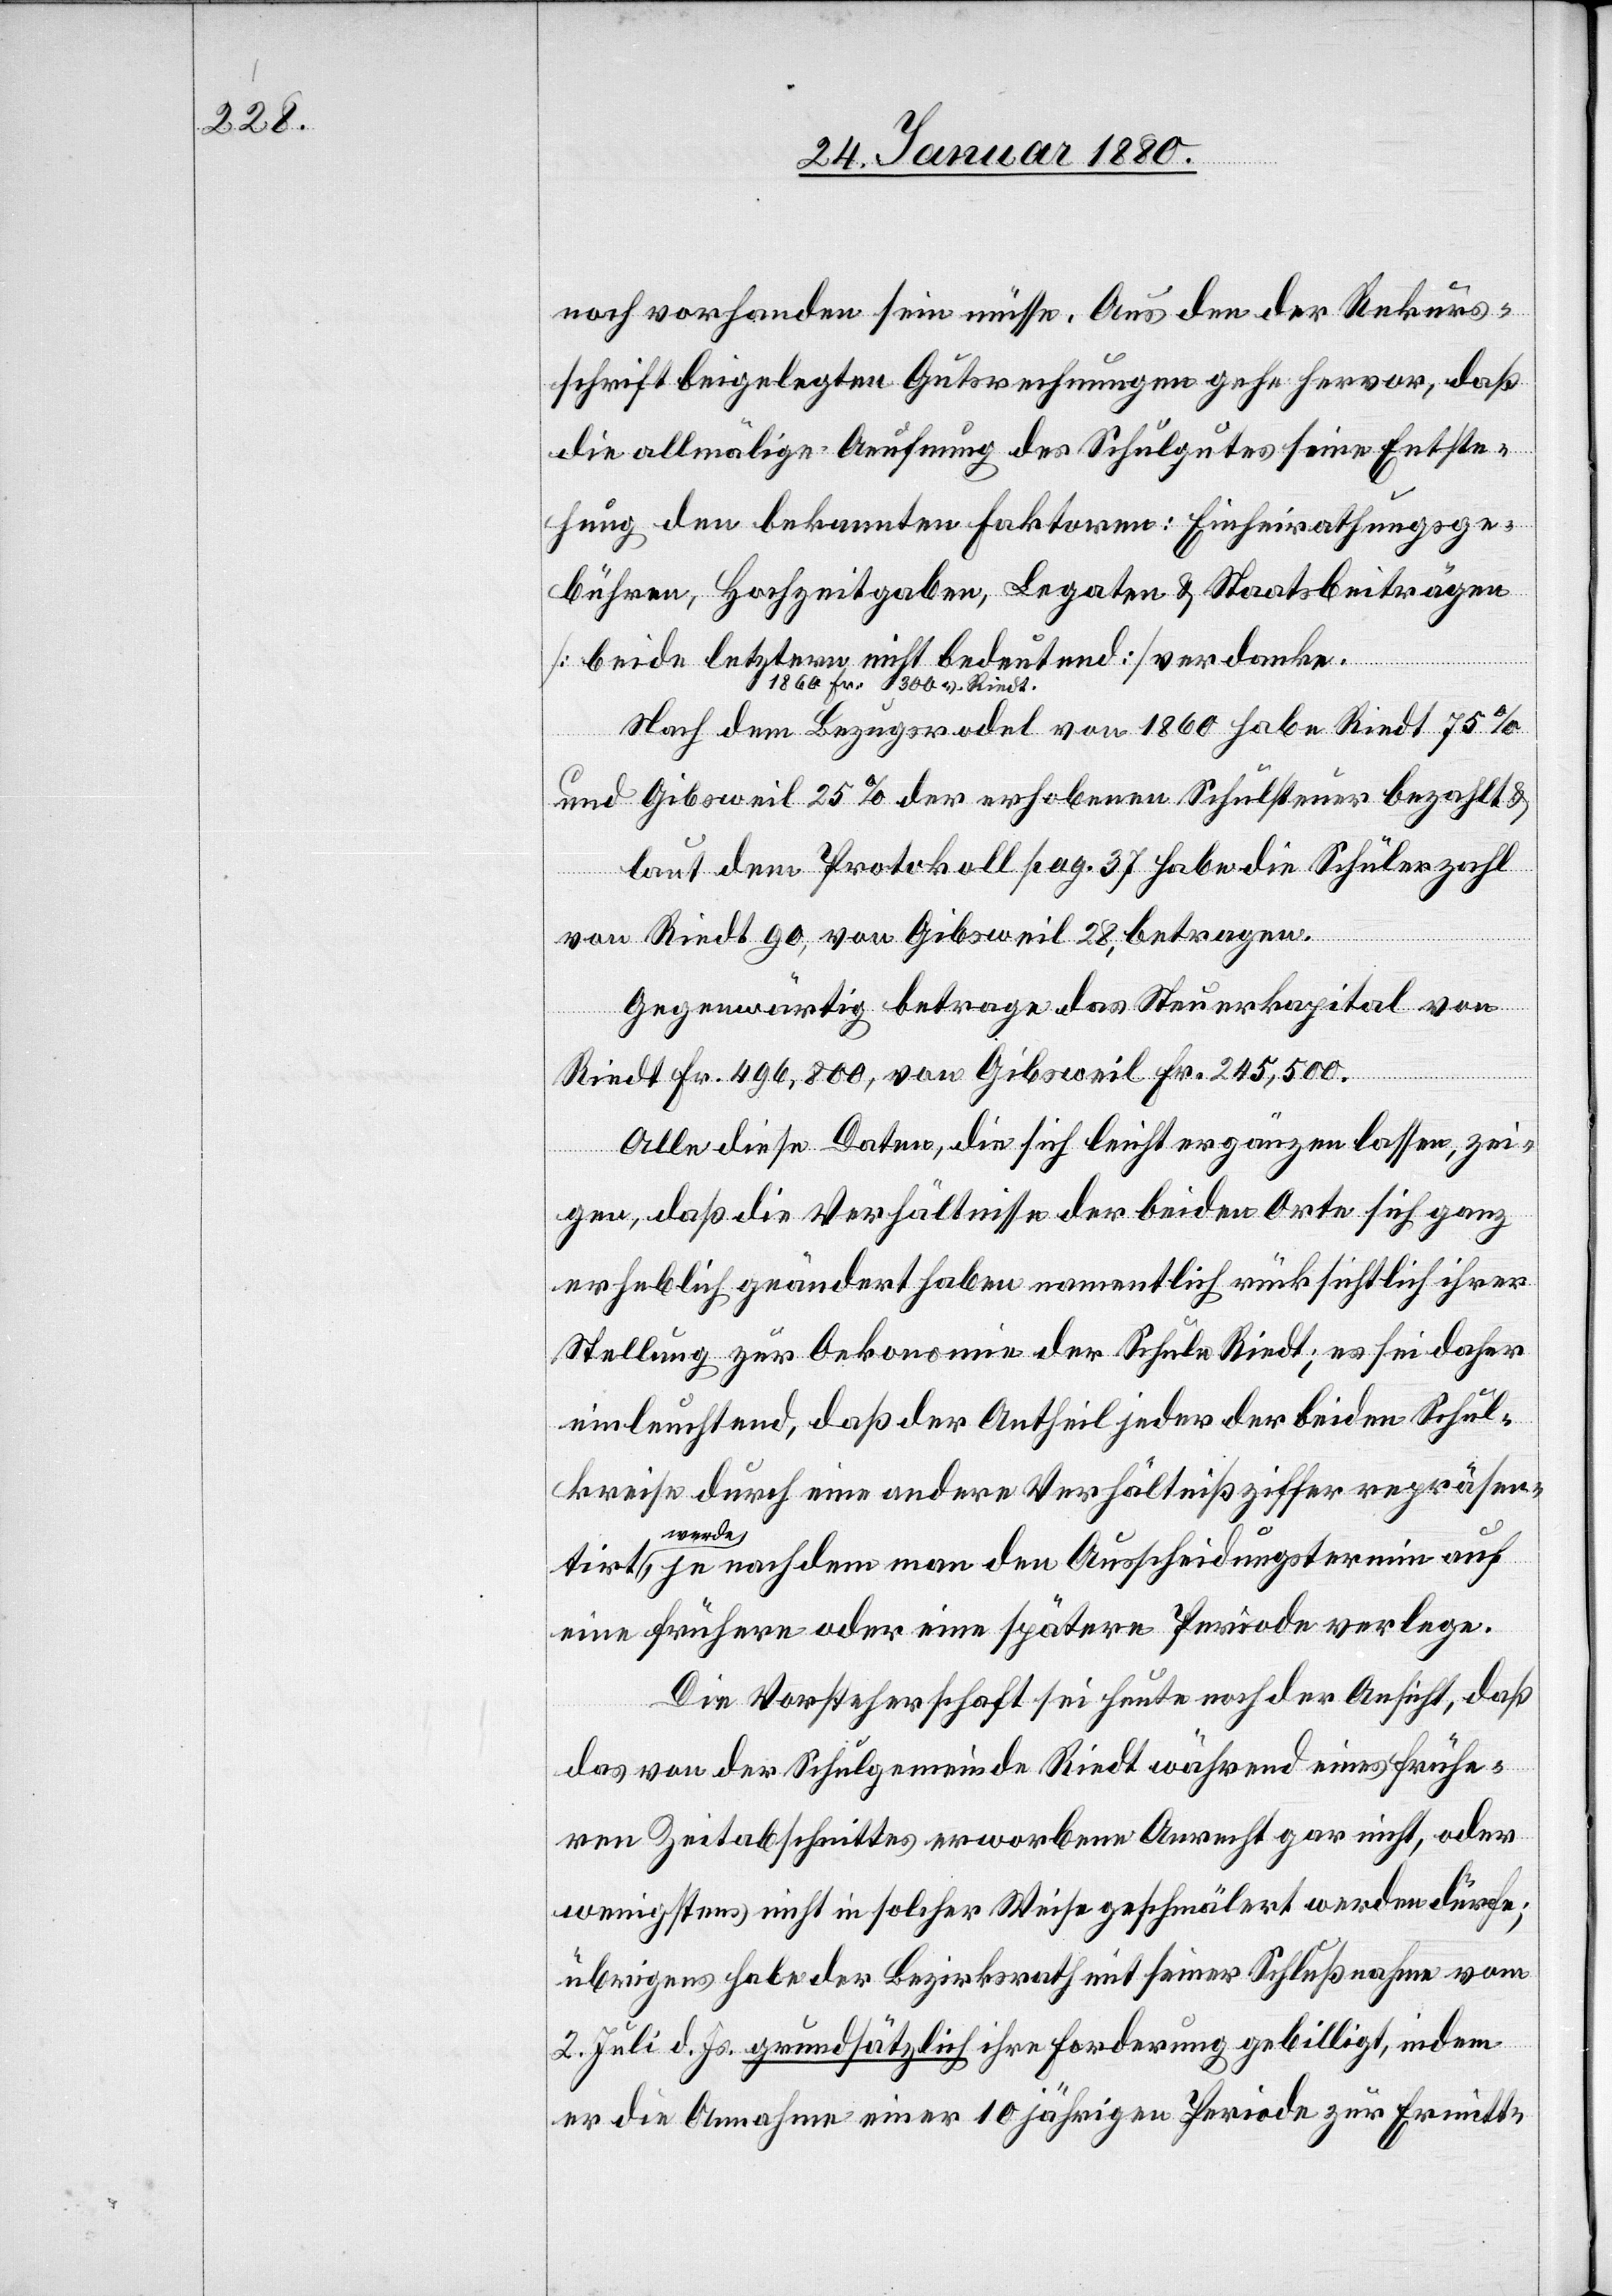
noch vorhanden sein müsse. Aus den der Rekurs¬
schrift beigelegten Gutsrechnungen gehe hervor, daß
die allmälige Aeufnung des Schulgutes seine Entste¬
hung den bekannten Faktoren: Einheirathungsge¬
bühren, Hochzeitgaben, Legaten & Staatsbeiträgen
[beide letztere nicht bedeutend] verdanke.
1860 Fr.: 300 v. Riedt
Nach dem Bezugsrodel von 1860 habe Riedt 75%
und Gibsweil 25% der erhobenen Schulsteuer bezahlt &
laut dem Protokoll pag. 37 habe die Schülerzahl
von Riedt 90, von Gibsweil 28, betragen.
Gegenwärtig betrage das Steuerkapital von
Riedt Fr. 496, 800, von Gibsweil Fr. 245, 500.
Alle diese Daten, die sich leicht ergänzen lassen, zei¬
gen, daß die Verhältnisse der beiden Orte sich ganz
erheblich geändert haben, namentlich rücksichtlich ihrer
Stellung zur Oekonomie der Schule Riedt; es sei daher
einleuchtend, daß der Antheil jeder der beiden Schul¬
kreise durch eine andere Verhälntißziffer repräsen¬
je nachdem man den Ausscheidungstermin auf
eine frühere oder eine spätere Periode verlege.
Die Vorsteherschaft sei heute noch der Ansicht, daß
das von der Schulgemeinde Riedt während eines frühe¬
ren Zeitabschnittes erworbene Anrecht gar nicht, oder
wenigstens nicht in solcher Weise geschmälert werden dürfe,
übrigens habe der Bezirksrath mit seiner Schlußnahme vom
2. Juli d. Js. grundsätzlich ihre Forderung gebilligt, indem
er die Annahme einer 10 jährigen Periode zur Ermitt-

tirt